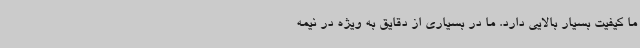
ما کیفیت بسیار بالایی دارد. ما در بسیاری از دقایق به ویژه در نیمه